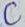
Text: C